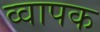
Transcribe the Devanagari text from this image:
व्वापक